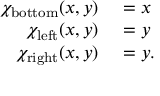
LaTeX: \begin{array} { r l } { \chi _ { \mathrm { b o t t o m } } ( x , y ) } & { { } = x } \\ { \chi _ { \mathrm { l e f t } } ( x , y ) } & { { } = y } \\ { \chi _ { \mathrm { r i g h t } } ( x , y ) } & { { } = y . } \end{array}